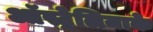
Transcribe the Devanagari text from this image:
ऑस्ट्रेलियाके